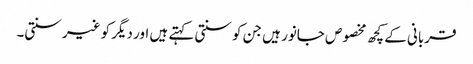
قربانی کے کچھ مخصوص جانور ہیں جن کو سنتی کہتے ہیں اور دیگر کو غیر سنتی۔